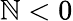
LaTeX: \mathbb{N}<0